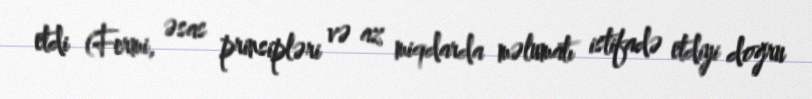
etdi (Fermi, əsas prinsipləri və az miqdarda məlumatı istifadə etdiyi doğru